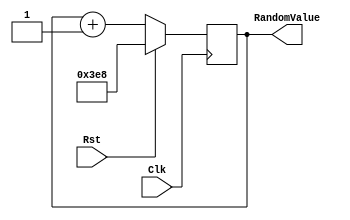
`timescale 1ns / 1ns

module RandomGen(Clk, Rst, RandomValue);

   input Clk, Rst;
   output [12:0] RandomValue;

   reg [12:0] Counter = 1000;

   assign RandomValue=Counter;

   always @(posedge Clk)
   begin
    if(Rst)
    begin
      Counter <= 1000;
    end
    else begin
      if(Counter > 3000)
      begin
        Counter <= 1000;
        end
        Counter++;
      end
   end

endmodule